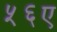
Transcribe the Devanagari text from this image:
५६ए